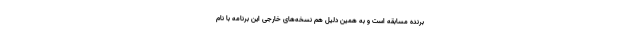
برنده مسابقه است و به همین دلیل هم نسخه‌های خارجی این برنامه با نام